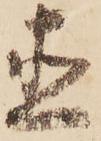
直